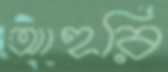
আহরি